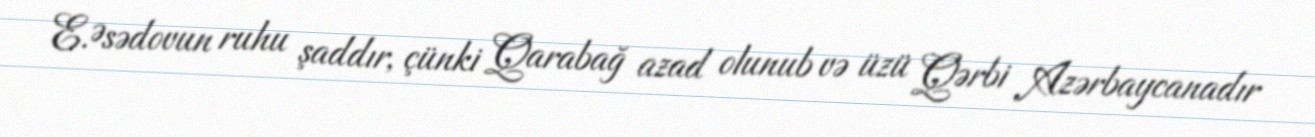
E.Əsədovun ruhu şaddır, çünki Qarabağ azad olunub və üzü Qərbi Azərbaycanadır